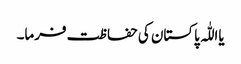
یااللّٰہ پاکستان کی حفاظت فرما۔